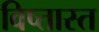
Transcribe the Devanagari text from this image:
विष्तास्त